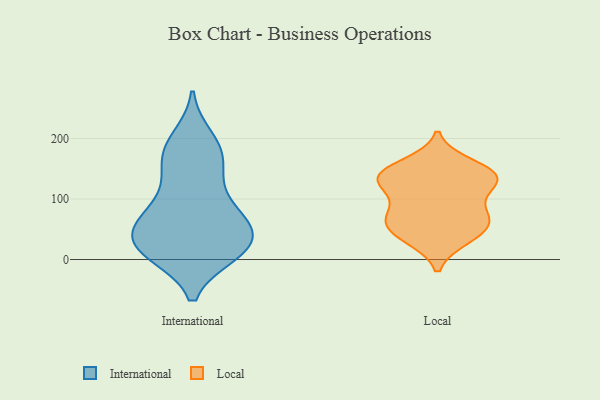
{"axis": {"x": "Page Views", "y": "Value"}, "legend": ["International", "Local"], "data": [{"x": "", "y": 77, "type": "International"}, {"x": "", "y": 35, "type": "International"}, {"x": "", "y": 10, "type": "International"}, {"x": "", "y": 73, "type": "International"}, {"x": "", "y": 37, "type": "International"}, {"x": "", "y": 144, "type": "International"}, {"x": "", "y": 11, "type": "International"}, {"x": "", "y": 88, "type": "International"}, {"x": "", "y": 130, "type": "International"}, {"x": "", "y": 55, "type": "International"}, {"x": "", "y": 66, "type": "International"}, {"x": "", "y": 200, "type": "International"}, {"x": "", "y": 11, "type": "International"}, {"x": "", "y": 175, "type": "International"}, {"x": "", "y": 11, "type": "International"}, {"x": "", "y": 27, "type": "International"}, {"x": "", "y": 187, "type": "International"}, {"x": "", "y": 170, "type": "International"}, {"x": "", "y": 35, "type": "International"}, {"x": "", "y": 51, "type": "Local"}, {"x": "", "y": 64, "type": "Local"}, {"x": "", "y": 108, "type": "Local"}, {"x": "", "y": 68, "type": "Local"}, {"x": "", "y": 127, "type": "Local"}, {"x": "", "y": 158, "type": "Local"}, {"x": "", "y": 74, "type": "Local"}, {"x": "", "y": 137, "type": "Local"}, {"x": "", "y": 140, "type": "Local"}, {"x": "", "y": 34, "type": "Local"}, {"x": "", "y": 143, "type": "Local"}, {"x": "", "y": 124, "type": "Local"}, {"x": "", "y": 141, "type": "Local"}, {"x": "", "y": 34, "type": "Local"}, {"x": "", "y": 70, "type": "Local"}]}